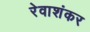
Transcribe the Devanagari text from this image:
रेवाशंकर